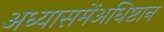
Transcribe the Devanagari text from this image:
अध्यासमेंअधिष्टान